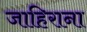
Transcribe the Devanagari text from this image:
जाहिराना